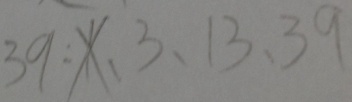
3 9 : 1 、 3 、 1 3 、 3 9